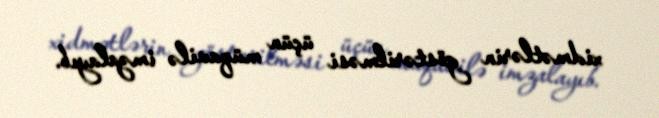
xidmətlərin göstərilməsi üçün müqavilə imzalayıb.